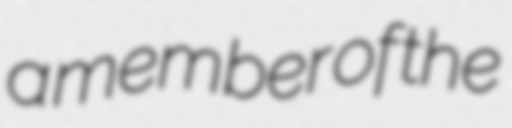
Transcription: a member of the